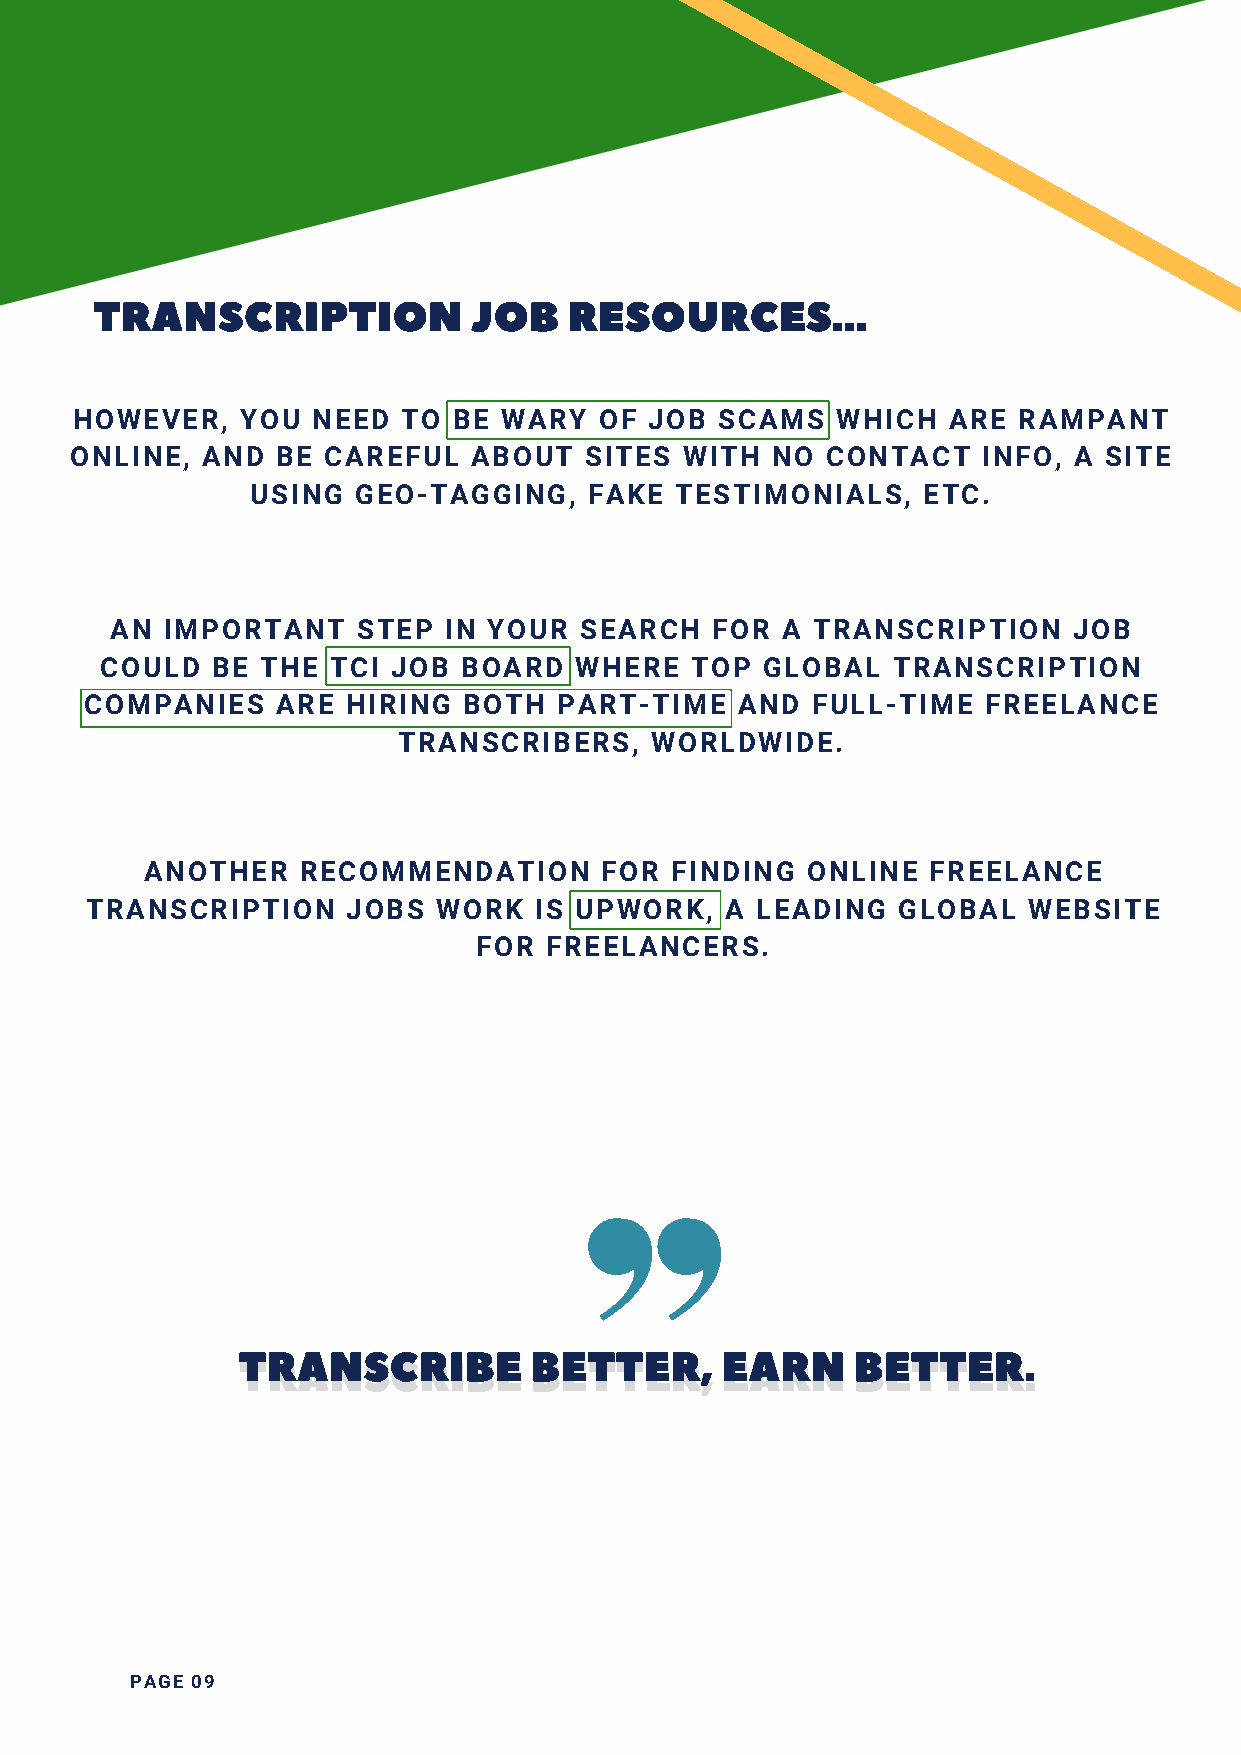
TRANSCRIPTION            JOB    RESOURCES...
 HOWEVER,   YOU  NEED  TO BE WARY   OF JOB  SCAMS  WHICH   ARE RAMPANT
 ONLINE, AND  BE CAREFUL   ABOUT   SITES WITH  NO  CONTACT   INFO, A SITE
 USING  GEO-TAGGING,   FAKE  TESTIMONIALS,   ETC.
 AN  IMPORTANT    STEP IN YOUR  SEARCH   FOR  A TRANSCRIPTION    JOB
 COULD  BE THE  TCI JOB  BOARD  WHERE   TOP GLOBAL   TRANSCRIPTION
 COMPANIES   ARE  HIRING  BOTH  PART-TIME   AND  FULL-TIME  FREELANCE
 TRANSCRIBERS,    WORLDWIDE.
 ANOTHER   RECOMMENDATION      FOR FINDING  ONLINE   FREELANCE
 TRANSCRIPTION    JOBS  WORK  IS UPWORK,   A LEADING  GLOBAL   WEBSITE
 FOR FREELANCERS.
 TRANSCRIBE         BETTER,      EARN    BETTER.
 TRANSCRIBE         BETTER,      EARN     BETTER.
 PAGE 09